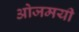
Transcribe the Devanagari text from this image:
ओजमयी